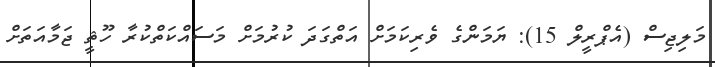
މަލިޖިސް (އެޕްރީލް 15): ޔަމަންގެ ވެރިކަމަށް އަތްގަދަ ކުރުމަށް މަސައްކަތްކުރާ ހޫޘީ ޖަމާއަތަށް